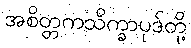
အစိတ္တကသိက္ခာပုဒ်တို့